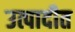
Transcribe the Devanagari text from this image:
उत्पादीत